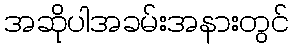
အဆိုပါအခမ်းအနားတွင်